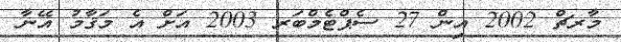
މާރޗް 2002 އިން 27 ސެޕްޓެމްބަރ 2003 އަށް އެ މަޤާމު އޭނާ